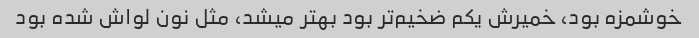
خوشمزه بود، خمیرش یکم ضخیم‌تر بود بهتر میشد، مثل نون لواش شده بود